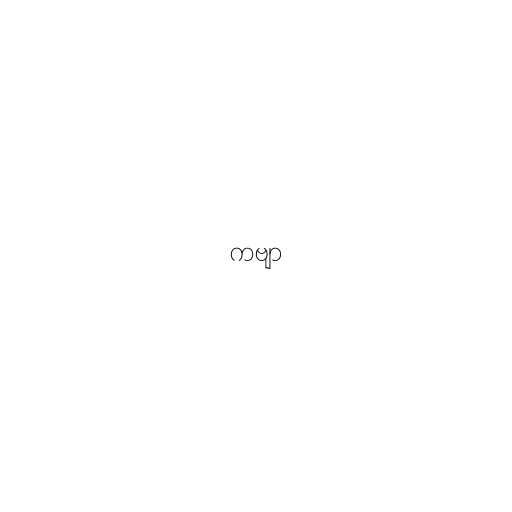
ကဗျာ